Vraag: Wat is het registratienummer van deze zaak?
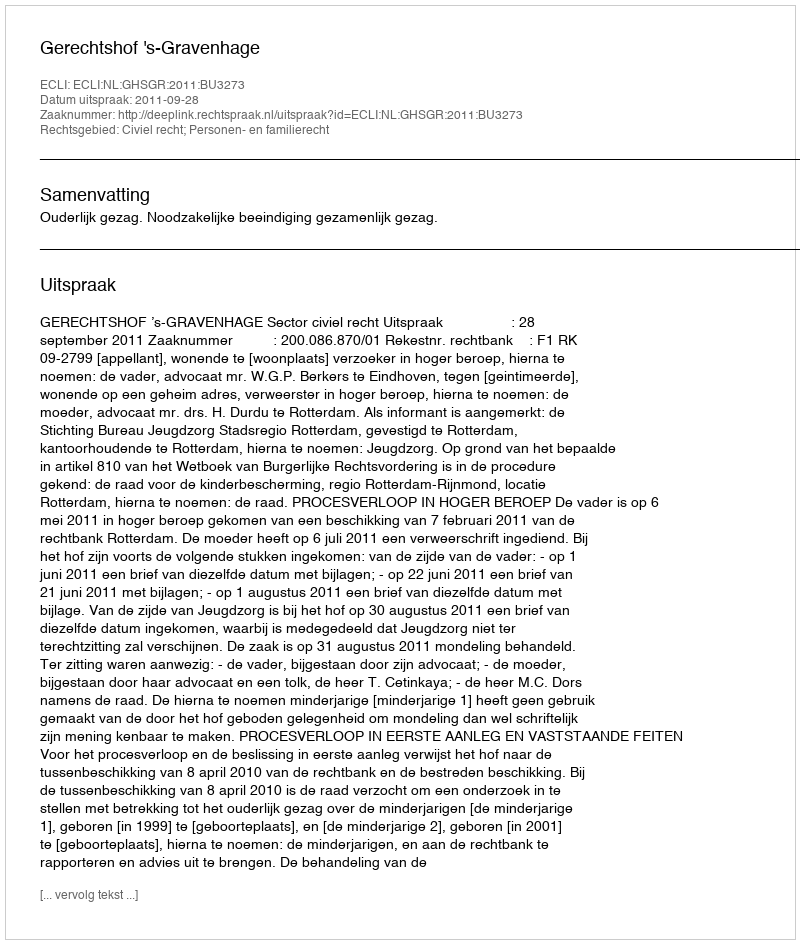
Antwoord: http://deeplink.rechtspraak.nl/uitspraak?id=ECLI:NL:GHSGR:2011:BU3273